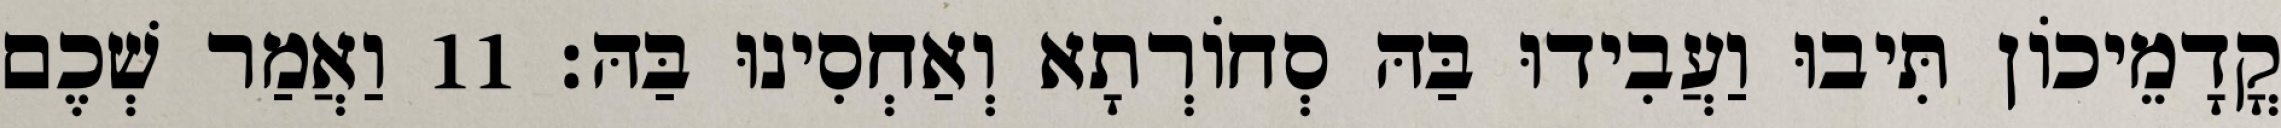
קֳדָמֵיכוֹן תִּיבוּ וַעֲבִידוּ בַּהּ סְחוֹרְתָא וְאַחְסִינוּ בַּהּ׃ 11 וַאֲמַר שְׁכֶם